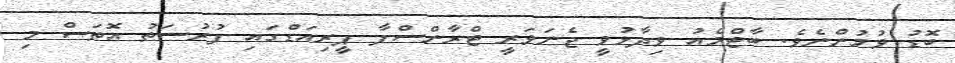
ބޮޑު ވުމުންނެވެ. ބާޓްމެއު ވިދާޅުވީ ޖެނަވަރީ ޓްރާންސްފާ ޕީރިއަޑްގައި ފުރުސަތު އޮތަސް މި